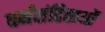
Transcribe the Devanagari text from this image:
धर्मसंहिताओं